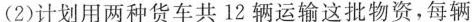
(2)计划用两种货车共12辆运输这批物资，每辆